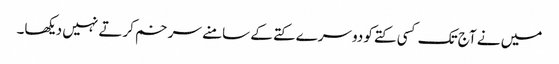
میں نے آج تک کسی کتے کو دوسرے کتے کے سامنے سر خم کرتے نہیں دیکھا۔